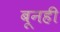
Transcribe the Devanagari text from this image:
बूनही